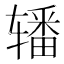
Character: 𰺜